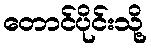
တောင်ပိုင်းသို့